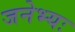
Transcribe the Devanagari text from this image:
जनेभ्यः